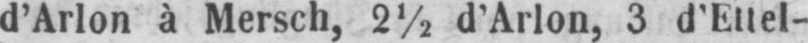
d’Arlon à Mersch, 2½ d’Arlon 3 d’Ettel-